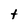
Character: t